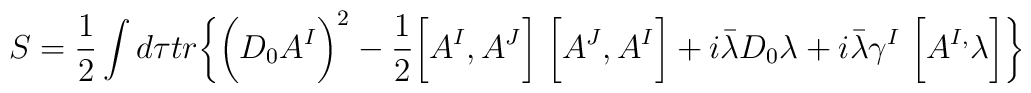
S = \frac{1}{2}\int d\tau tr\biggl\{ \biggl(D_0 A^I\biggr)^2- \frac{1}{2}\biggl[A^I,A^J\biggr]~\biggl[A^J,A^I\biggr]+i{\bar\lambda}D_0\lambda+i{\bar\lambda} {\gamma}^I~\biggl[A^{I,}\lambda\biggr]\biggr\}